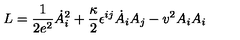
L = { \frac { 1 } { 2 e ^ { 2 } } } \dot { A } _ { i } ^ { 2 } + { \frac { \kappa } { 2 } } \epsilon ^ { i j } \dot { A } _ { i } A _ { j } - v ^ { 2 } A _ { i } A _ { i }